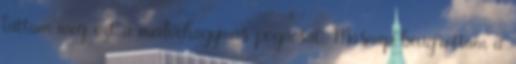
láttam meg ezt a medvehagymás pogácsát. Másnap beugrottam a